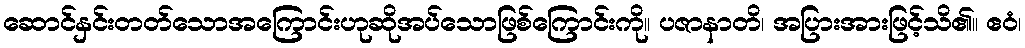
ဆောင်နှင်းတတ်သောအကြောင်းဟုဆိုအပ်သောဖြစ်ကြောင်းကို။ ပဇာနာတိ၊ အပြားအားဖြင့်သိ၏။ ဧဝံ၊